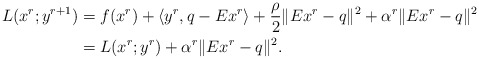
\begin{align*}L(x^{r};y^{r+1})&=f(x^{r})+\langle y^{r}, q-Ex^{r}\rangle +\frac{\rho}{2}\|Ex^{r}-q\|^2+\alpha^r\|Ex^r-q\|^2\\&=L(x^r;y^{r})+\alpha^r\|Ex^r-q\|^2.\end{align*}